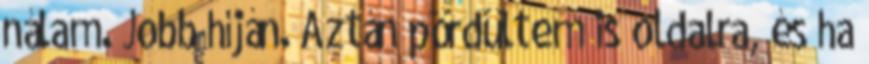
nálam. Jobb híján. Aztán pördültem is oldalra, és ha